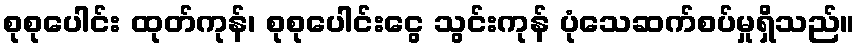
စုစုပေါင်း ထုတ်ကုန်၊ စုစုပေါင်းငွေ သွင်းကုန် ပုံသေဆက်စပ်မှုရှိသည်။